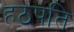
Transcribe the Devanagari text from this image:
हठपति